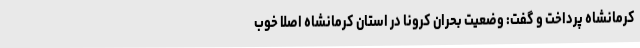
کرمانشاه پرداخت و گفت: وضعیت بحران کرونا در استان کرمانشاه اصلا خوب